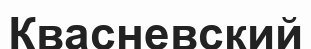
Квасневский